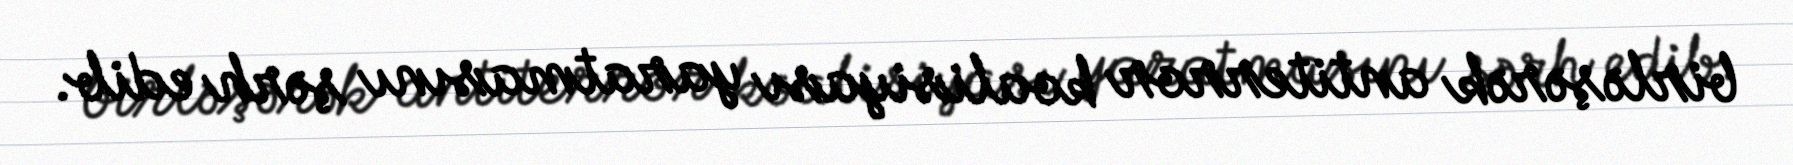
birləşərək antiterror koalisiyası yaratmasını şərh edib.